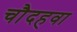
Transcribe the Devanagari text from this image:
चौदहवा